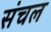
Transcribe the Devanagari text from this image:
संचल